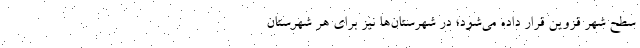
سطح شهر قزوین قرار داده می‌شود؛ در شهرستان‌ها نیز برای هر شهرستان